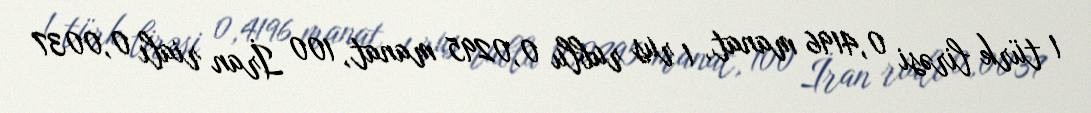
1 türk lirəsi 0,4196 manat, 1 rus rublu 0,0295 manat, 100 İran rialı 0,0037